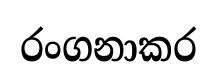
රංගනාකර